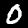
Digit: 0